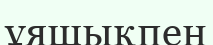
ұяшықпен